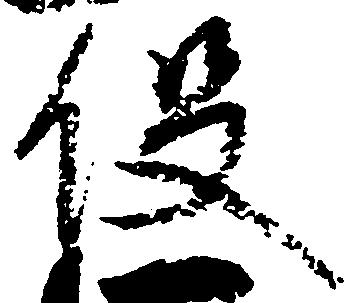
役